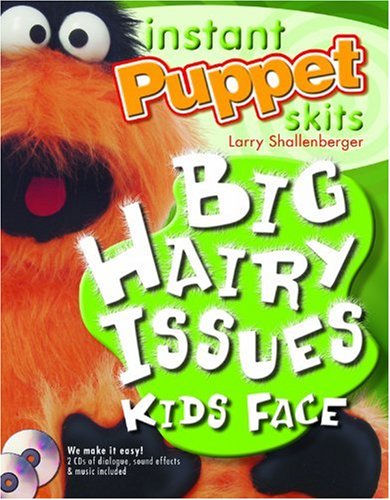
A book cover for Instant Puppet Skits: Big Hairy Issues Kids Face; Larry Shallenberger; Literature & Fiction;